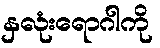
နှလုံးရောဂါကို